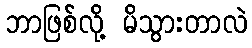
ဘာဖြစ်လို့ မိသွားတာလဲ